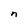
Character: n